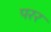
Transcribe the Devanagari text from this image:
परर